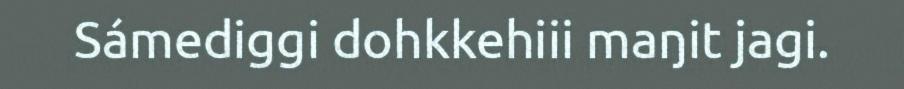
Sámediggi dohkkehiii maŋit jagi.